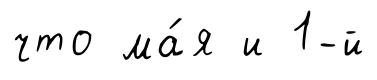
что ма́я и 1-й